Vaccination in Bombay 1856-1862 - 1856-1862
Year: 1856
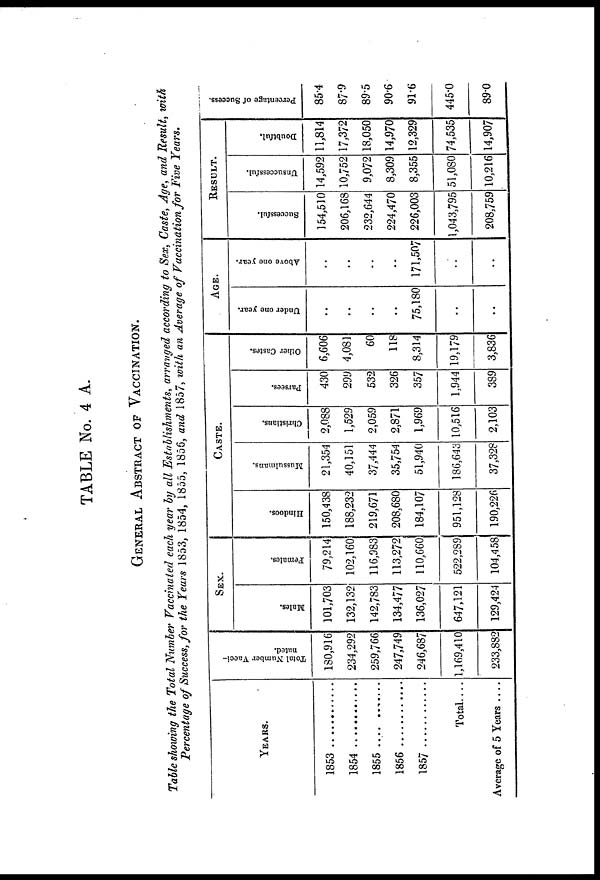
TABLE No. 4 A.
GENERAL ABSTRACT OF VACCINATION.
Table showing the Total Number Vaccinated each year by all Establishments, arranged according to Sex, Caste, Age, and Result, with
Percentage of Success, for the Years 1853, 1854, 1855, 1856, and 1857, with an Average of Vaccination for Five Years.
YEARS.
1853
1854
1855
1856..........
1857..........
Total....
Average of 5 Years ....
Total Number Vacci.
nated.
180,916
234,292
259,766
247,749
246,687
1,169,410
233,882
SEX.
Males.
101,703
132,132
142,783
134,477
136,027
647,121
129,424
Females.
79,214
102,160
116,983
113,272
110,660
522,289
104,458
CASTE.
Hindoos.
150,438
188,232
219,671
208,680
184,107
951,128
190,226
Mussulmans.
21,354
40,151
37,444
35,754
51,940
186,643
37,328
Christians.
2,088
1,529
2,059
2,871
1,969
10,516
2,103
Parsees.
430
299
532
326
357
1,944
389
Other Castes.
6,606
4,081
60
118
8,314
19,179
3,836
AGE.
Under one year.
..
..
..
..
75,180
..
..
Above one year.
..
..
..
..
171,507
..
..
RESULT.
Successful.
154,510
206,168
232,644
224,470
226,003
1,043,795
208,759
Unsuccessful.
14,592
10,752
9,072
8,309
8,355
51,080
10,216
Doubtful,
11,814
17,372
18,050
14,970
12,329
74,535
14,907
Percentage of Success.
85.4
87.9
89.5
90.6
916
445.0
89.0